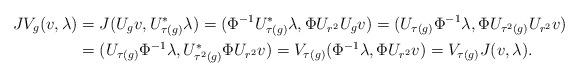
LaTeX: \begin{align*}J V_g(v,\lambda) &= J (U_g v, U^*_{\tau(g)} \lambda) = (\Phi^{-1} U^*_{\tau(g)} \lambda, \Phi U_{r^2} U_g v) = (U_{\tau(g)} \Phi^{-1}\lambda, \Phi U_{\tau^2(g)} U_{r^2} v)\\ &= (U_{\tau(g)} \Phi^{-1}\lambda, U^*_{\tau^2(g)} \Phi U_{r^2} v) = V_{\tau(g)} (\Phi^{-1}\lambda,\Phi U_{r^2} v) = V_{\tau(g)} J(v,\lambda). \end{align*}